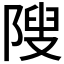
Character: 𱀥